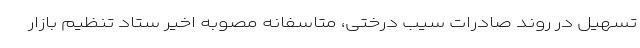
تسهیل در روند صادرات سیب درختی، متاسفانه مصوبه اخیر ستاد تنظیم بازار